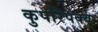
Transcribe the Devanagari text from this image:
कुपरिपक्व